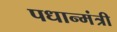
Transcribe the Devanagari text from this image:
पधान्मंत्री